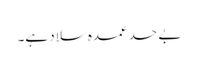
بے حد عمدہ سلاد ہے۔